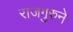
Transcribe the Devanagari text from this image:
राजगुरुने